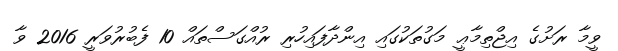
ވީމާ ރަށުގެ އިޖްތިމާޢީ މަގުތަކުގައި އިންދާފައިހުރި ރުއްގަސްތައް 10 ފެބުރުވަރީ 2016 ވާ